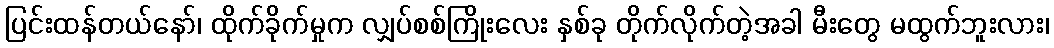
ပြင်းထန်တယ်နော်၊ ထိုက်ခိုက်မှုက လျှပ်စစ်ကြိုးလေး နှစ်ခု တိုက်လိုက်တဲ့အခါ မီးတွေ မထွက်ဘူးလား၊